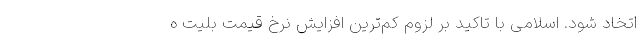
اتخاد شود. اسلامی با تاکید بر لزوم کم‌ترین افزایش نرخ قیمت بلیت ه